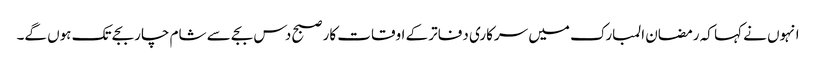
انہوں نے کہا کہ رمضان المبارک میں سرکاری دفاتر کے اوقات کار صبح دس بجے سے شام چار بجے تک ہوں گے۔